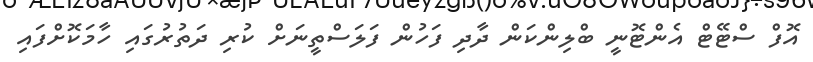
އޮފް ސްޓޭޓް އެންޓޮނީ ބްލިންކަން ދާދި ފަހުން ފަލަސްތީނަށް ކުރި ދަތުރުގައި ހާމަކޮށްފައި